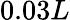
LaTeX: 0.03L